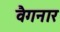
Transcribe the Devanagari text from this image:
वैगनार